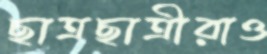
ছাত্রছাত্রীরাও